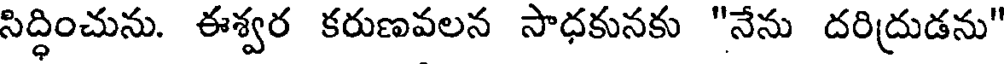
సిద్ధించును. ఈశ్వర కరుణవలన సాధకునకు "నేను దరిద్రుడను"